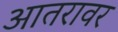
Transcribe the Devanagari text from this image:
आतरावर